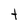
Character: t